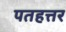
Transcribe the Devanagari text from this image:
पतहत्तर